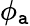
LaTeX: \phi_{\mathtt{a}}